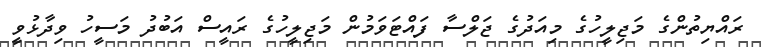
ރައްޔިތުންގެ މަޖިލީހުގެ މިއަދުގެ ޖަލްސާ ފައްޓަވަމުން މަޖިލީހުގެ ރައީސް އަބުދު މަސީހު ވިދާޅުވީ